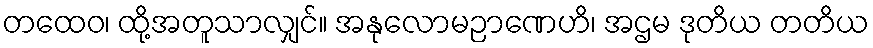
တထေဝ၊ ထို့အတူသာလျှင်။ အနုလောမဉာဏေဟိ၊ အဌမ ဒုတိယ တတိယ